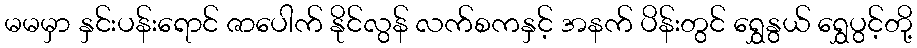
မမမှာ နှင်းပန်းရောင် ဇာပေါက် နိုင်လွန် လက်စကနှင့် အနက် ပိန်းတွင် ရွှေနွယ် ရွှေပွင့်တို့